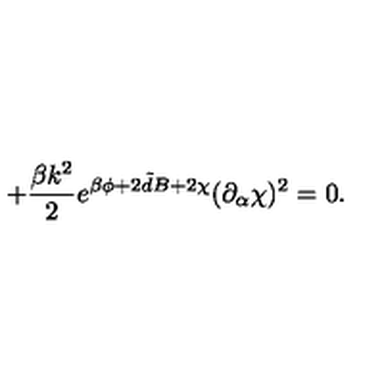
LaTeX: + \frac { \beta k ^ { 2 } } { 2 } e ^ { \beta \phi + 2 { \tilde { d } } B + 2 \chi } ( \partial _ { \alpha } \chi ) ^ { 2 } = 0 .